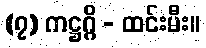
(၇) ကဋ္ဌဂ္ဂိ - ထင်းမီး။